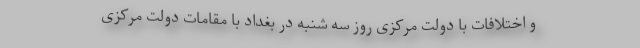
و اختلافات با دولت مرکزی روز سه شنبه در بغداد با مقامات دولت مرکزی